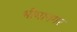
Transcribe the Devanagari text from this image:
भीमानगर